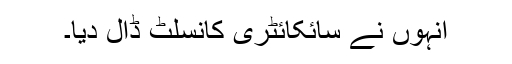
انہوں‌ نے سائکائٹری کانسلٹ ڈال دیا۔